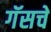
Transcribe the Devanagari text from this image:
गॅसचे